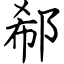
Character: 郗